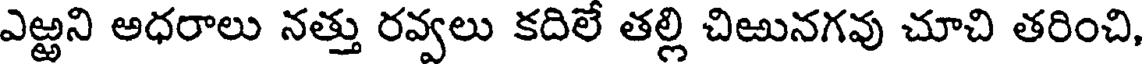
ఎఱ్ఱని అధరాలు నత్తు రవ్వలు కదిలే తల్లి చిఱునగవు చూచి తరించి,